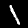
Digit: 1